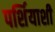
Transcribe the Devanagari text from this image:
पर्शियाशी